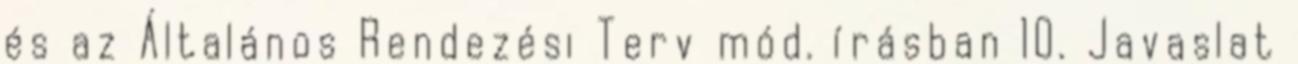
és az Általános Rendezési Terv mód. írásban 10. Javaslat